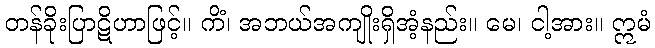
တန်ခိုးပြာဋိဟာဖြင့်။ ကိံ၊ အဘယ်အကျိုးရှိအံ့နည်း။ မေ၊ ငါ့အား။ ဣမံ